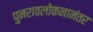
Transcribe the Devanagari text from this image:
पुनरावलोकनानंतर